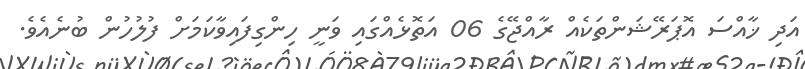
އަދި ޚާއްސަ އޮޕަރޭޝަންތަކެއް ރާއްޖޭގެ 06 އަތޮޅެއްގައި ވަނީ ހިންގިފައިވާކަމަށް ފުލުހުން ބުނެއެވެ.